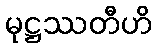
မုဋ္ဌဿတီဟိ